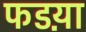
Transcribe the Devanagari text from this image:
फडय़ा